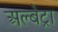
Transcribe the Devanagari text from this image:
अल्बेट्रा